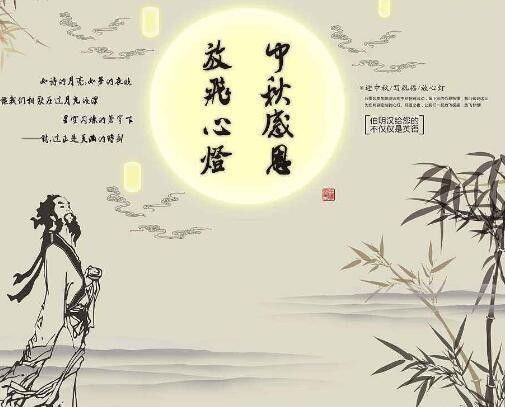
寄语天涯客，轻寒底用愁。